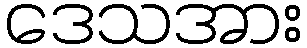
ဒေသအား